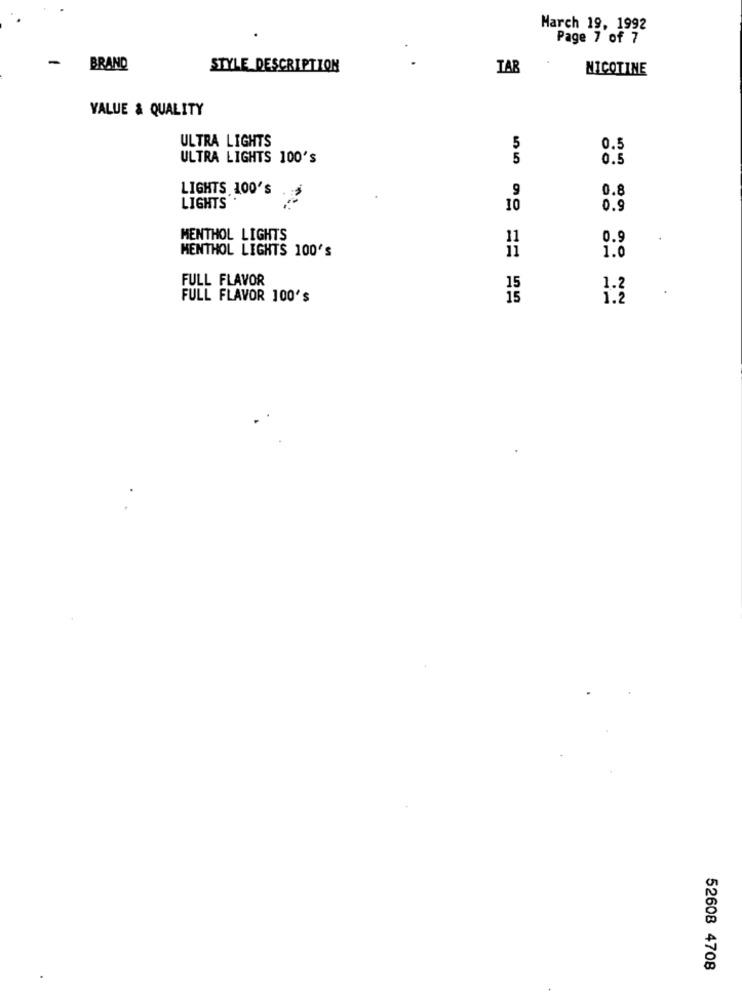
March 19, 1992
Page 7 of 7
- BRAND
STYLE DESCRIPTION
TAR
NICOTINE
VALUE & QUALITY
ULTRA LIGHTS
5
0.5
ULTRA LIGHTS 100'S
5
0.5
LIGHTS 100'S
9
0.8
LIGHTS".
10
0.9
MENTHOL LIGHTS
11
0.9
MENTHOL LIGHTS 100'S
ii
1.0
FULL FLAVOR
15
1.2
FULL FLAVOR 100's
15
1.2
52608 4708